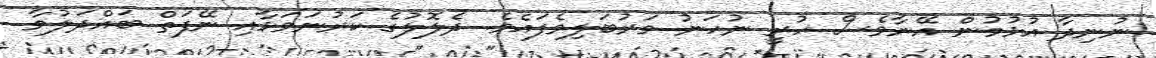
ނުނިދާ އުޅުމުން އޭނާވެސް ހުރީ ނުހަނު ވަރުބަލިވެފައެވެ. ދެލޮލުގެ ކަރުނަވަޅާއި ނޭފަތް ބައްދަލުވާ